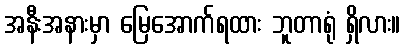
အနီးအနားမှာ မြေအောက်ရထား ဘူတာရုံ ရှိလား။